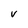
Character: V